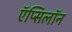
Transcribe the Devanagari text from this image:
ऍप्सिलॉन